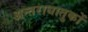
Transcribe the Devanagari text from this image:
अन्तराधातुकों